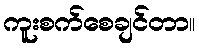
ကူးစက်စေချင်တာ။